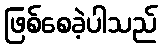
ဖြစ်စေခဲ့ပါသည်